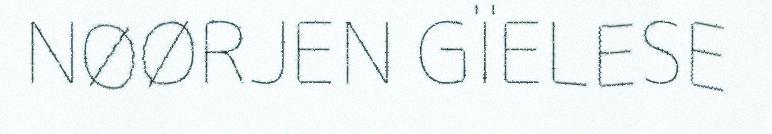
NØØRJEN GÏELESE